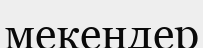
мекендер